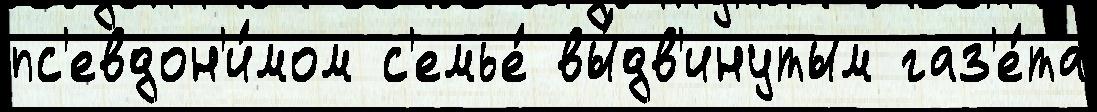
пс'евдон'и́мом с'емье́ вы́дв'инутым газ'е́та